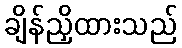
ချိန်ညှိထားသည်